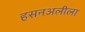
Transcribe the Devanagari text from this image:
हसनअलीला